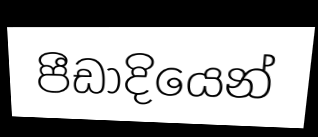
පීඩාදියෙන්